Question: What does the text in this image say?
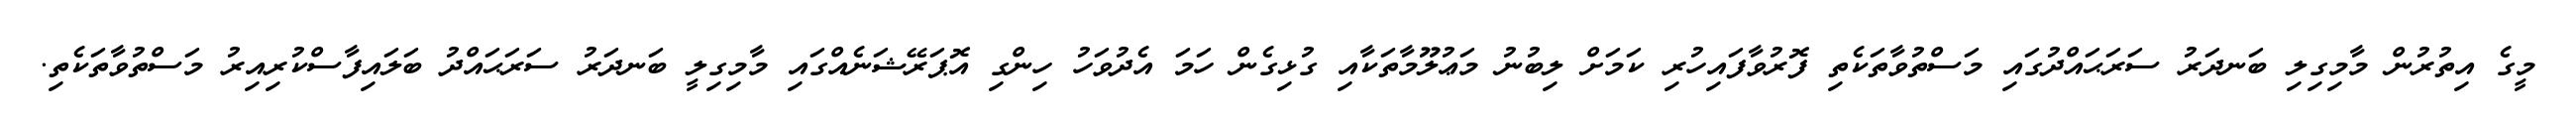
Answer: މީގެ އިތުރުން މާމިގިލި ބަނދަރު ސަރަޙައްދުގައި މަސްތުވާތަކެތި ފޮރުވާފައިހުރި ކަމަށް ލިބުނު މަޢުލޫމާތަކާއި ގުޅިގެން ހަމަ އެދުވަހު ހިންގި އޮޕަރޭޝަނެއްގައި މާމިގިލީ ބަނދަރު ސަރަޙައްދު ބަލައިފާސްކުރިއިރު މަސްތުވާތަކެތި.